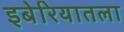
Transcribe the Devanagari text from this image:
इबेरियातला